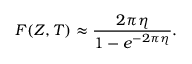
F ( Z , T ) \approx { \frac { 2 \pi \eta } { 1 - e ^ { - 2 \pi \eta } } } .